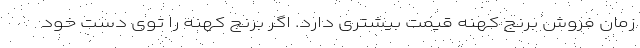
زمان فروش برنج کهنه قیمت بیشتری دارد. اگر برنج کهنه را توی دست خود